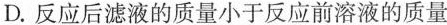
D.反应后滤液的质量小于反应前溶液的质量